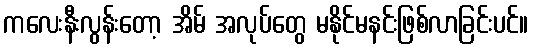
ကလေးနီးလွန်းတော့ အိမ် အလုပ်တွေ မနိုင်မနင်းဖြစ်လာခြင်းပင်။